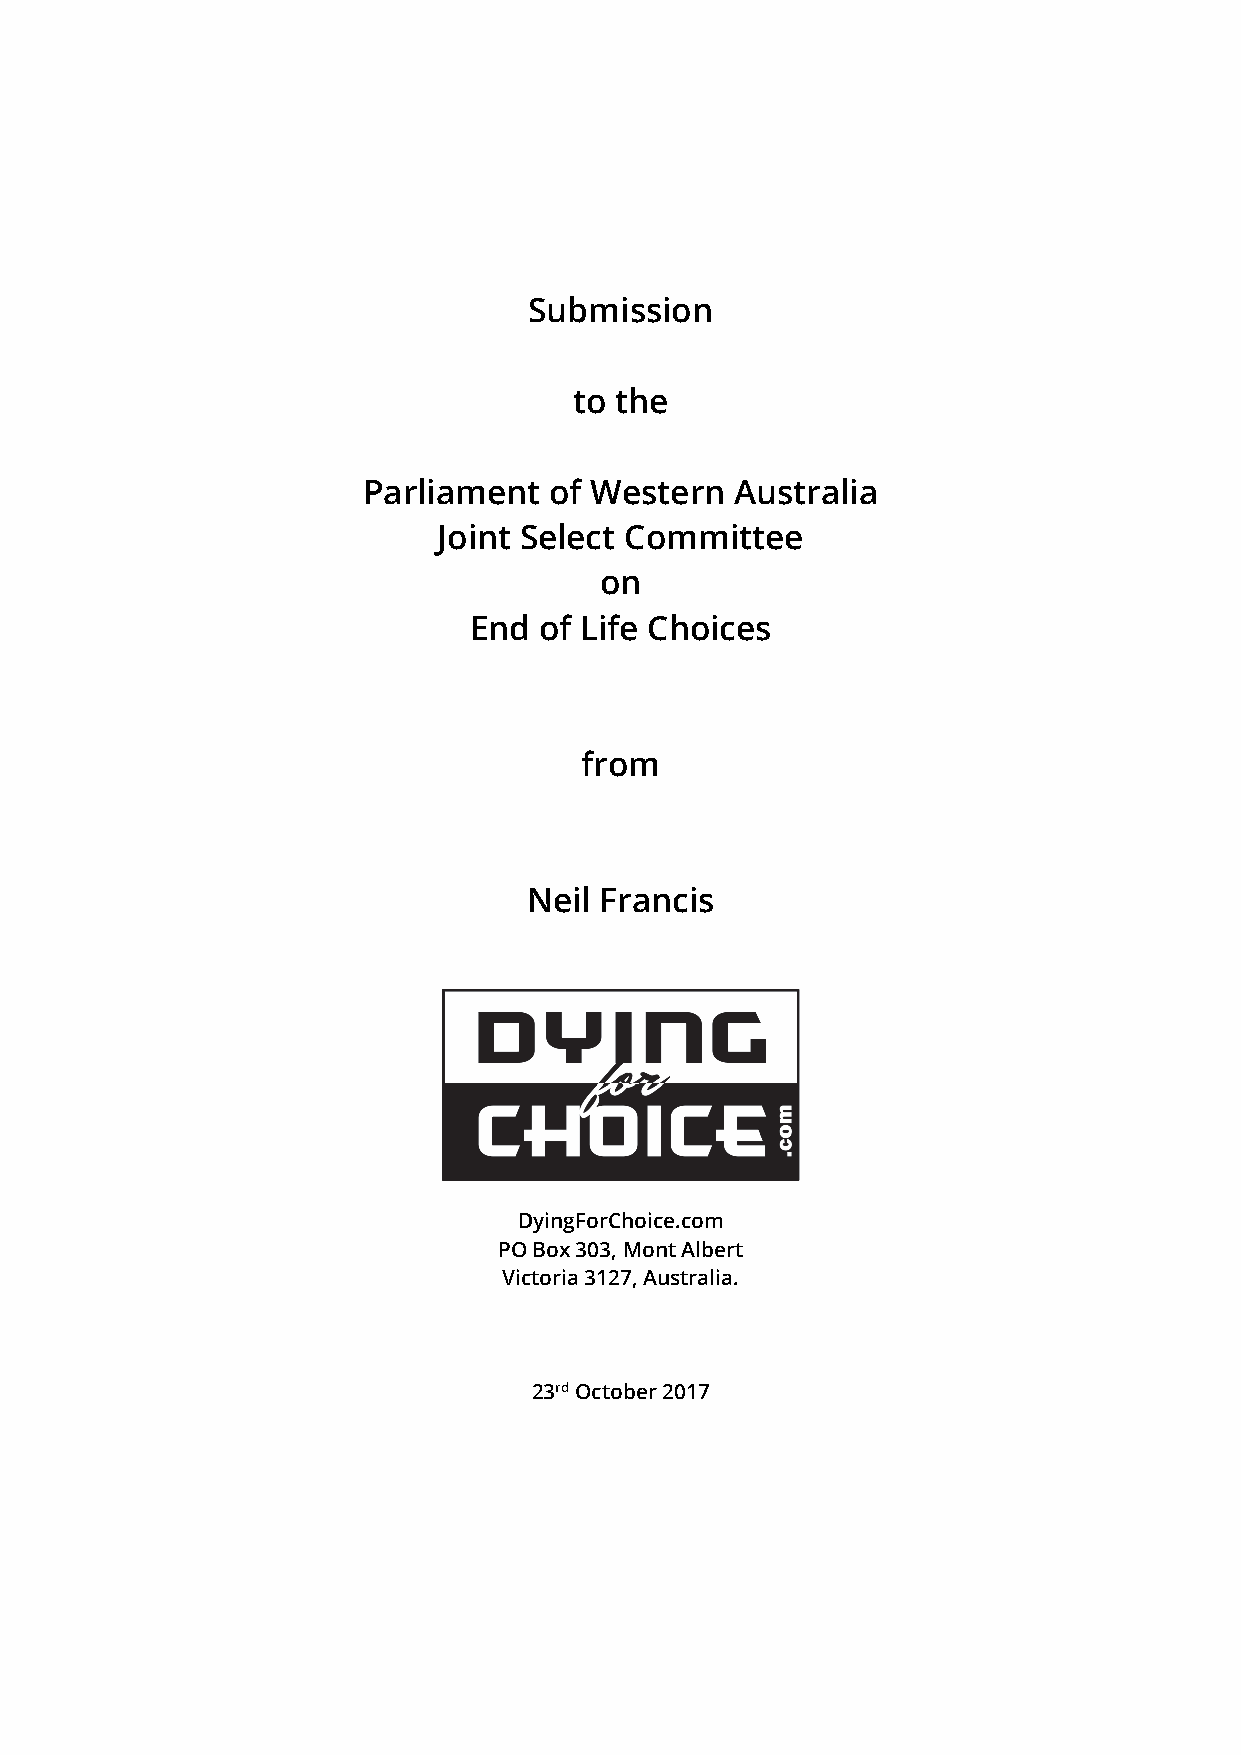
Submission
 to the
 Parliament  of Western   Australia
 Joint Select Committee
 on
 End  of Life Choices
 from
 Neil Francis
 DyingForChoice.com
 PO Box 303, Mont Albert
 Victoria 3127, Australia.
 23rd October 2017